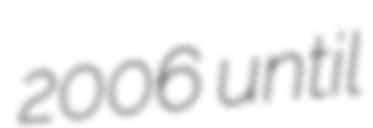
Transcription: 2006 until